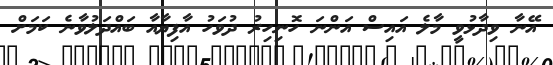
އޭނާ ވިދާޅުވީ މާލެ އައިސް އަންނަ ހޮނިހިރު ދުވަހު އާފިޔާއާ ބައްދަލުވާނެ ކަމަށް